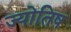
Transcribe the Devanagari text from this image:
ज्योतिष